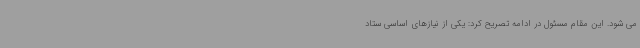
می شود. این مقام مسئول در ادامه تصریح کرد: یکی از نیازهای اساسی ستاد